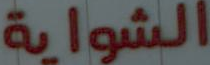
الشواية